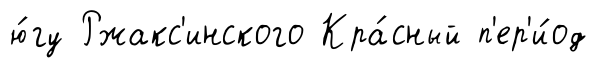
ю́гу Ржакс'инского Кра́сный п'ер'и́од